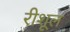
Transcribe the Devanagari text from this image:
रीशूल